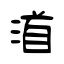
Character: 渞